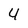
Character: 4